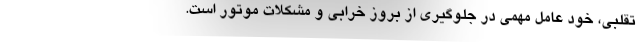
تقلبی، خود عامل مهمی در جلوگیری از بروز خرابی و مشکلات موتور است.